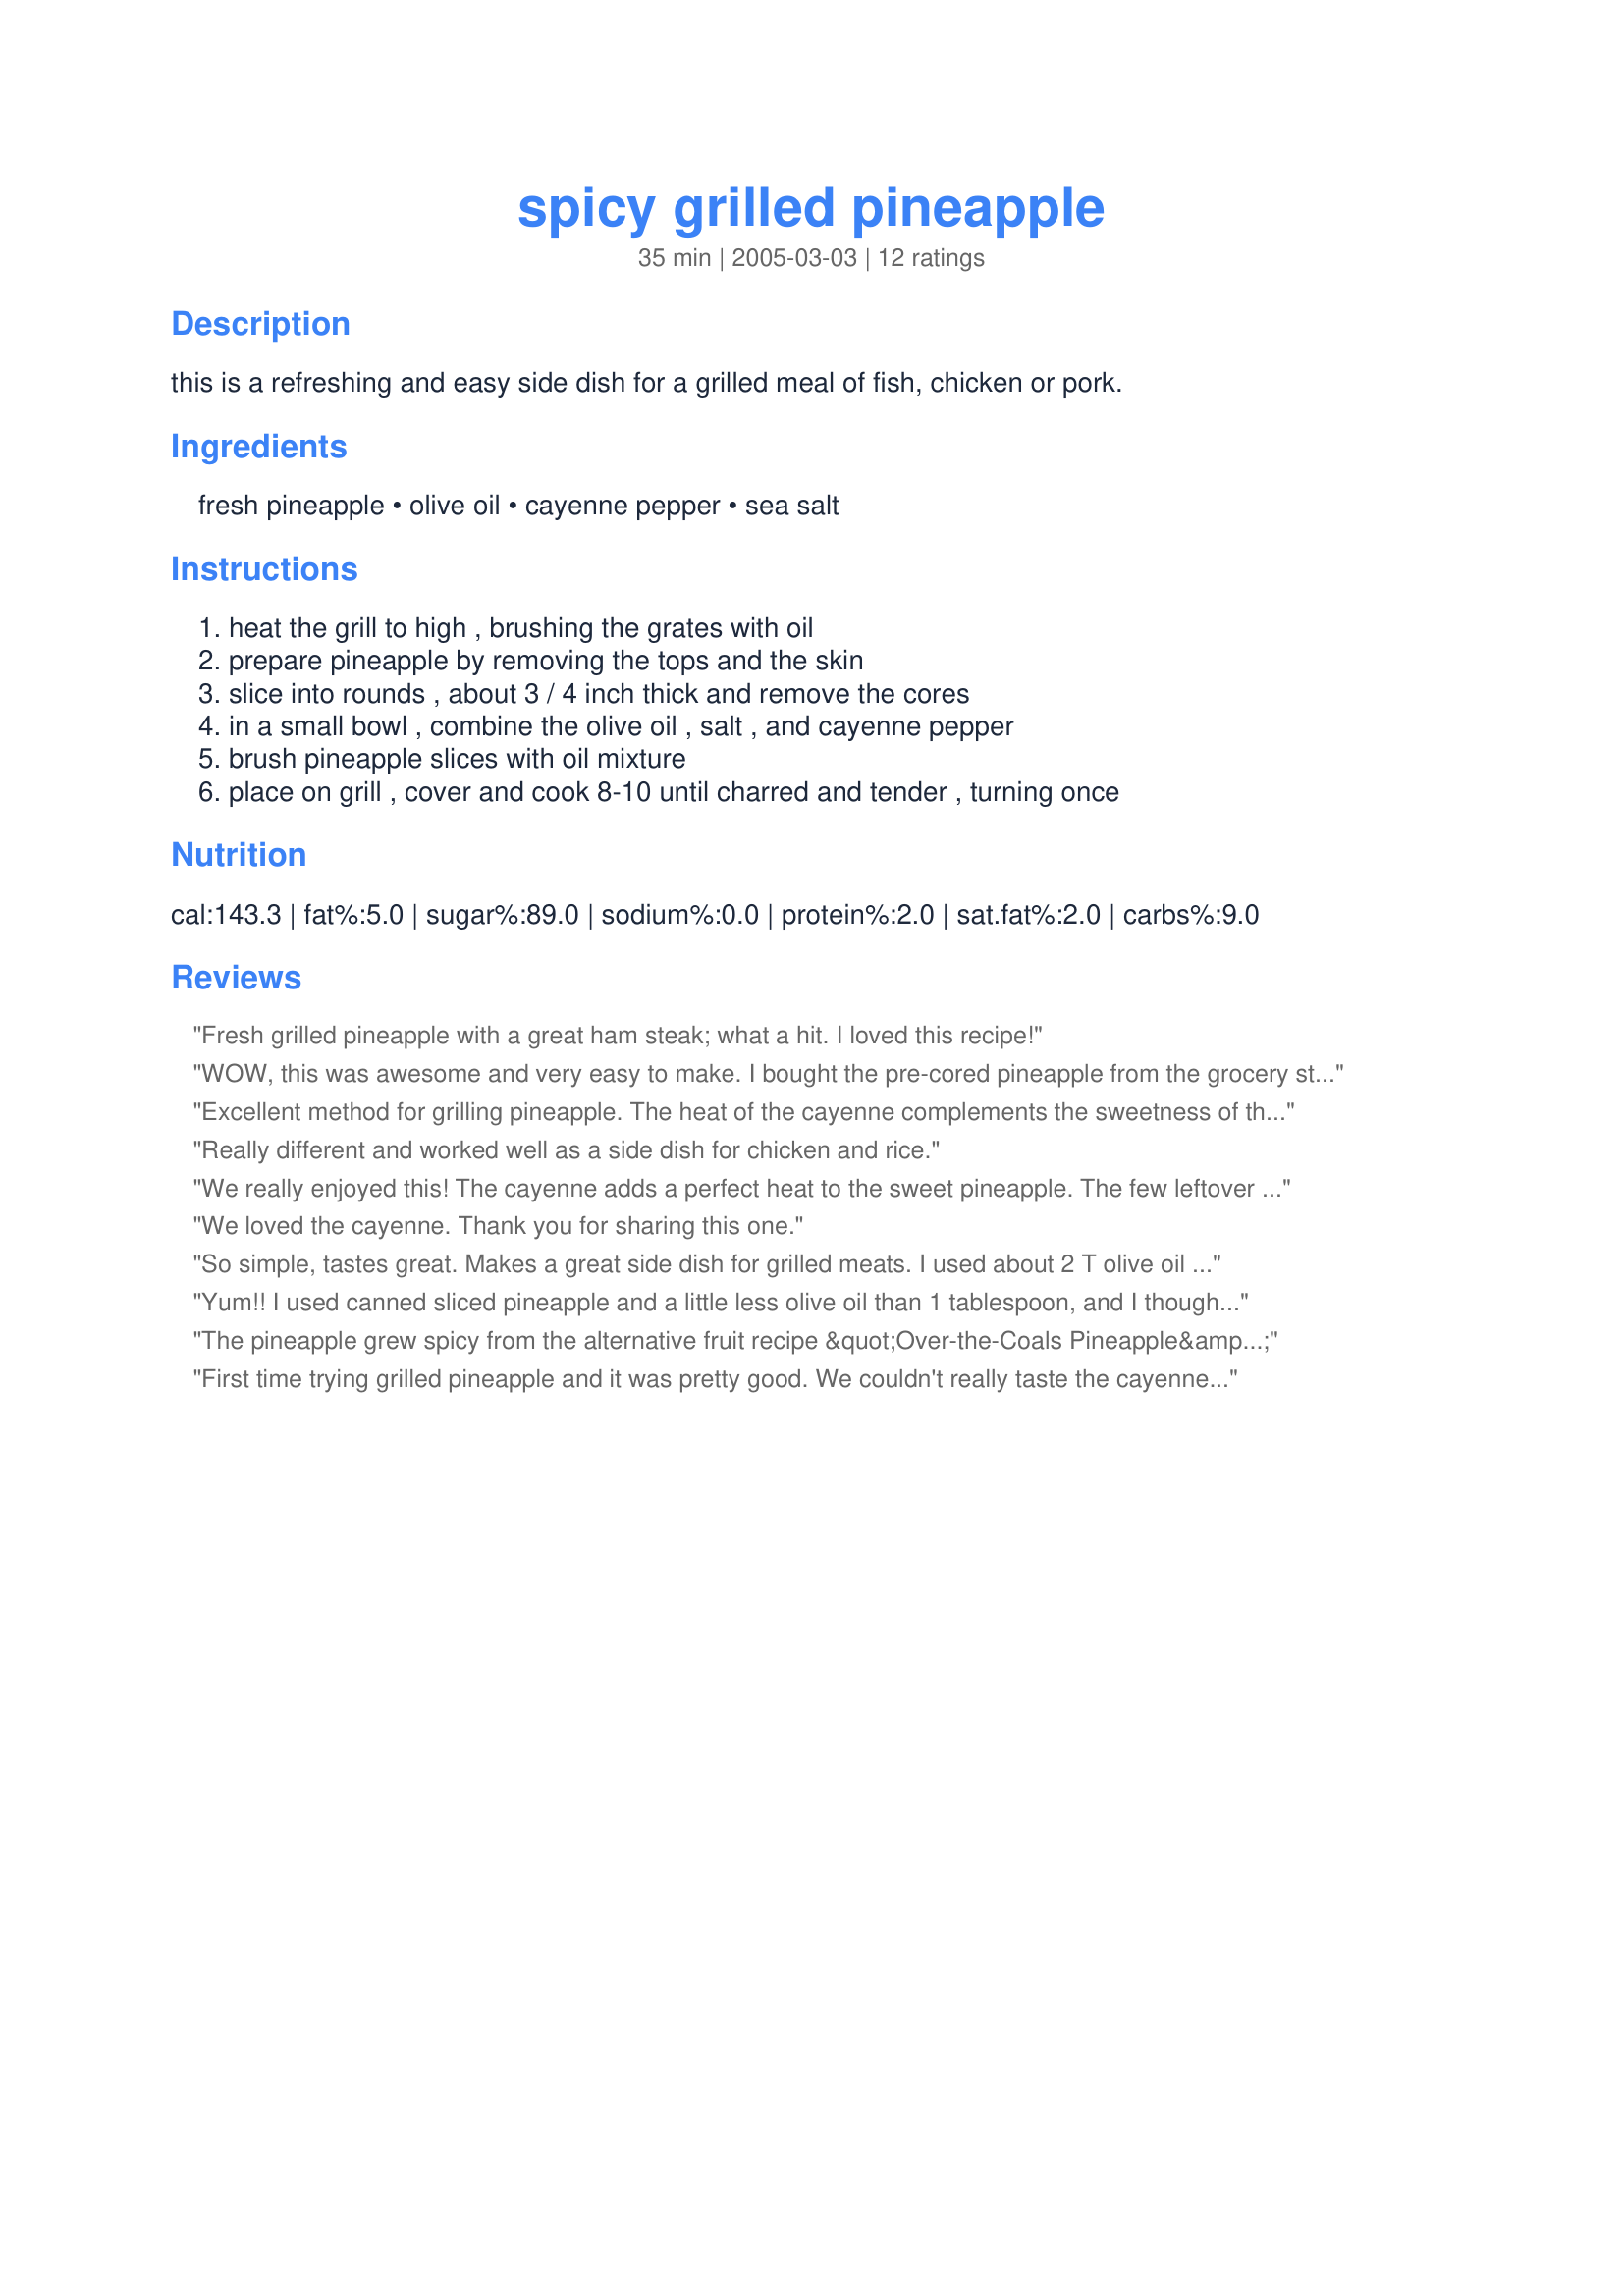
spicy grilled pineapple
Preparation time: 35 minutes

this is a refreshing and easy side dish for a grilled meal of fish, chicken or pork.

Ingredients:
fresh pineapple, olive oil, cayenne pepper, sea salt

Steps:
heat the grill to high , brushing the grates with oil, prepare pineapple by removing the tops and the skin, slice into rounds , about 3 / 4 inch thick and remove the cores, in a small bowl , combine the olive oil , salt , and cayenne pepper, brush pineapple slices with oil mixture, place on grill , cover and cook 8-10 until charred and tender , turning once

Reviews:
Fresh grilled pineapple with a great ham steak; what a hit. I loved this recipe!
WOW, this was awesome and very easy to make. I bought the pre-cored pineapple from the grocery store to save on prep time. Love the little bit of heat.

THANKS, it's a keeper! I cannot wait to serve it again.
11/30/08 It was snowing and too cold to grill outdoors, so I grilled these on my panini pan. What a beautiful and tasty side to our holiday spiral ham! Can be made w/o the cayenne if you have picky guests. Still wonderful!
Excellent method for grilling pineapple. The heat of the cayenne complements the sweetness of the fruit very well. We love grilled pineapple.
Really different and worked well as a side dish for chicken and rice.
We really enjoyed this! The cayenne adds a perfect heat to the sweet pineapple. The few leftover slices were delicious the next day, chilled. A keeper!
We loved the cayenne. Thank you for sharing this one.
So simple, tastes great. Makes a great side dish for grilled meats. I used about 2 T olive oil and 1/2 teaspoon cayenne - it added just enough flavor to make it interesting. I cut my pineapple into cubes and put them on skewers. Thanks for sharing.
Yum!! I used canned sliced pineapple and a little less olive oil than 1 tablespoon, and I thought this was delicious! Will definitely make again; Thanks!
The pineapple grew spicy from the alternative fruit recipe &quot;Over-the-Coals Pineapple&quot;. It normally could get made with real fruit juice from this recipe.
First time trying grilled pineapple and it was pretty good. We couldn't really taste the cayenne, so maybe I'll add a bit more next time.
What a great simple side dish! The spicy kick went great with the sweetness of the pineapple. I served this with grilled chicken, a salad and potato skins.
This was great with our grilled chicken. Thanks for posting.
